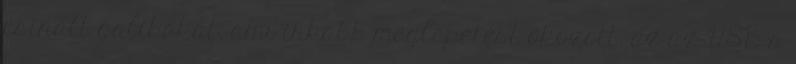
csinált galibákat, ami inkább meglepetést okozott, az az USB-s